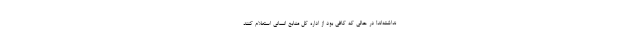
نداشته‌اند! در حالی که کافی بود از اداره کل منابع انسانی استعلام کنند